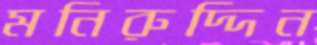
মনিরুদ্দিন